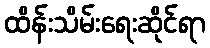
ထိန်းသိမ်းရေးဆိုင်ရာ